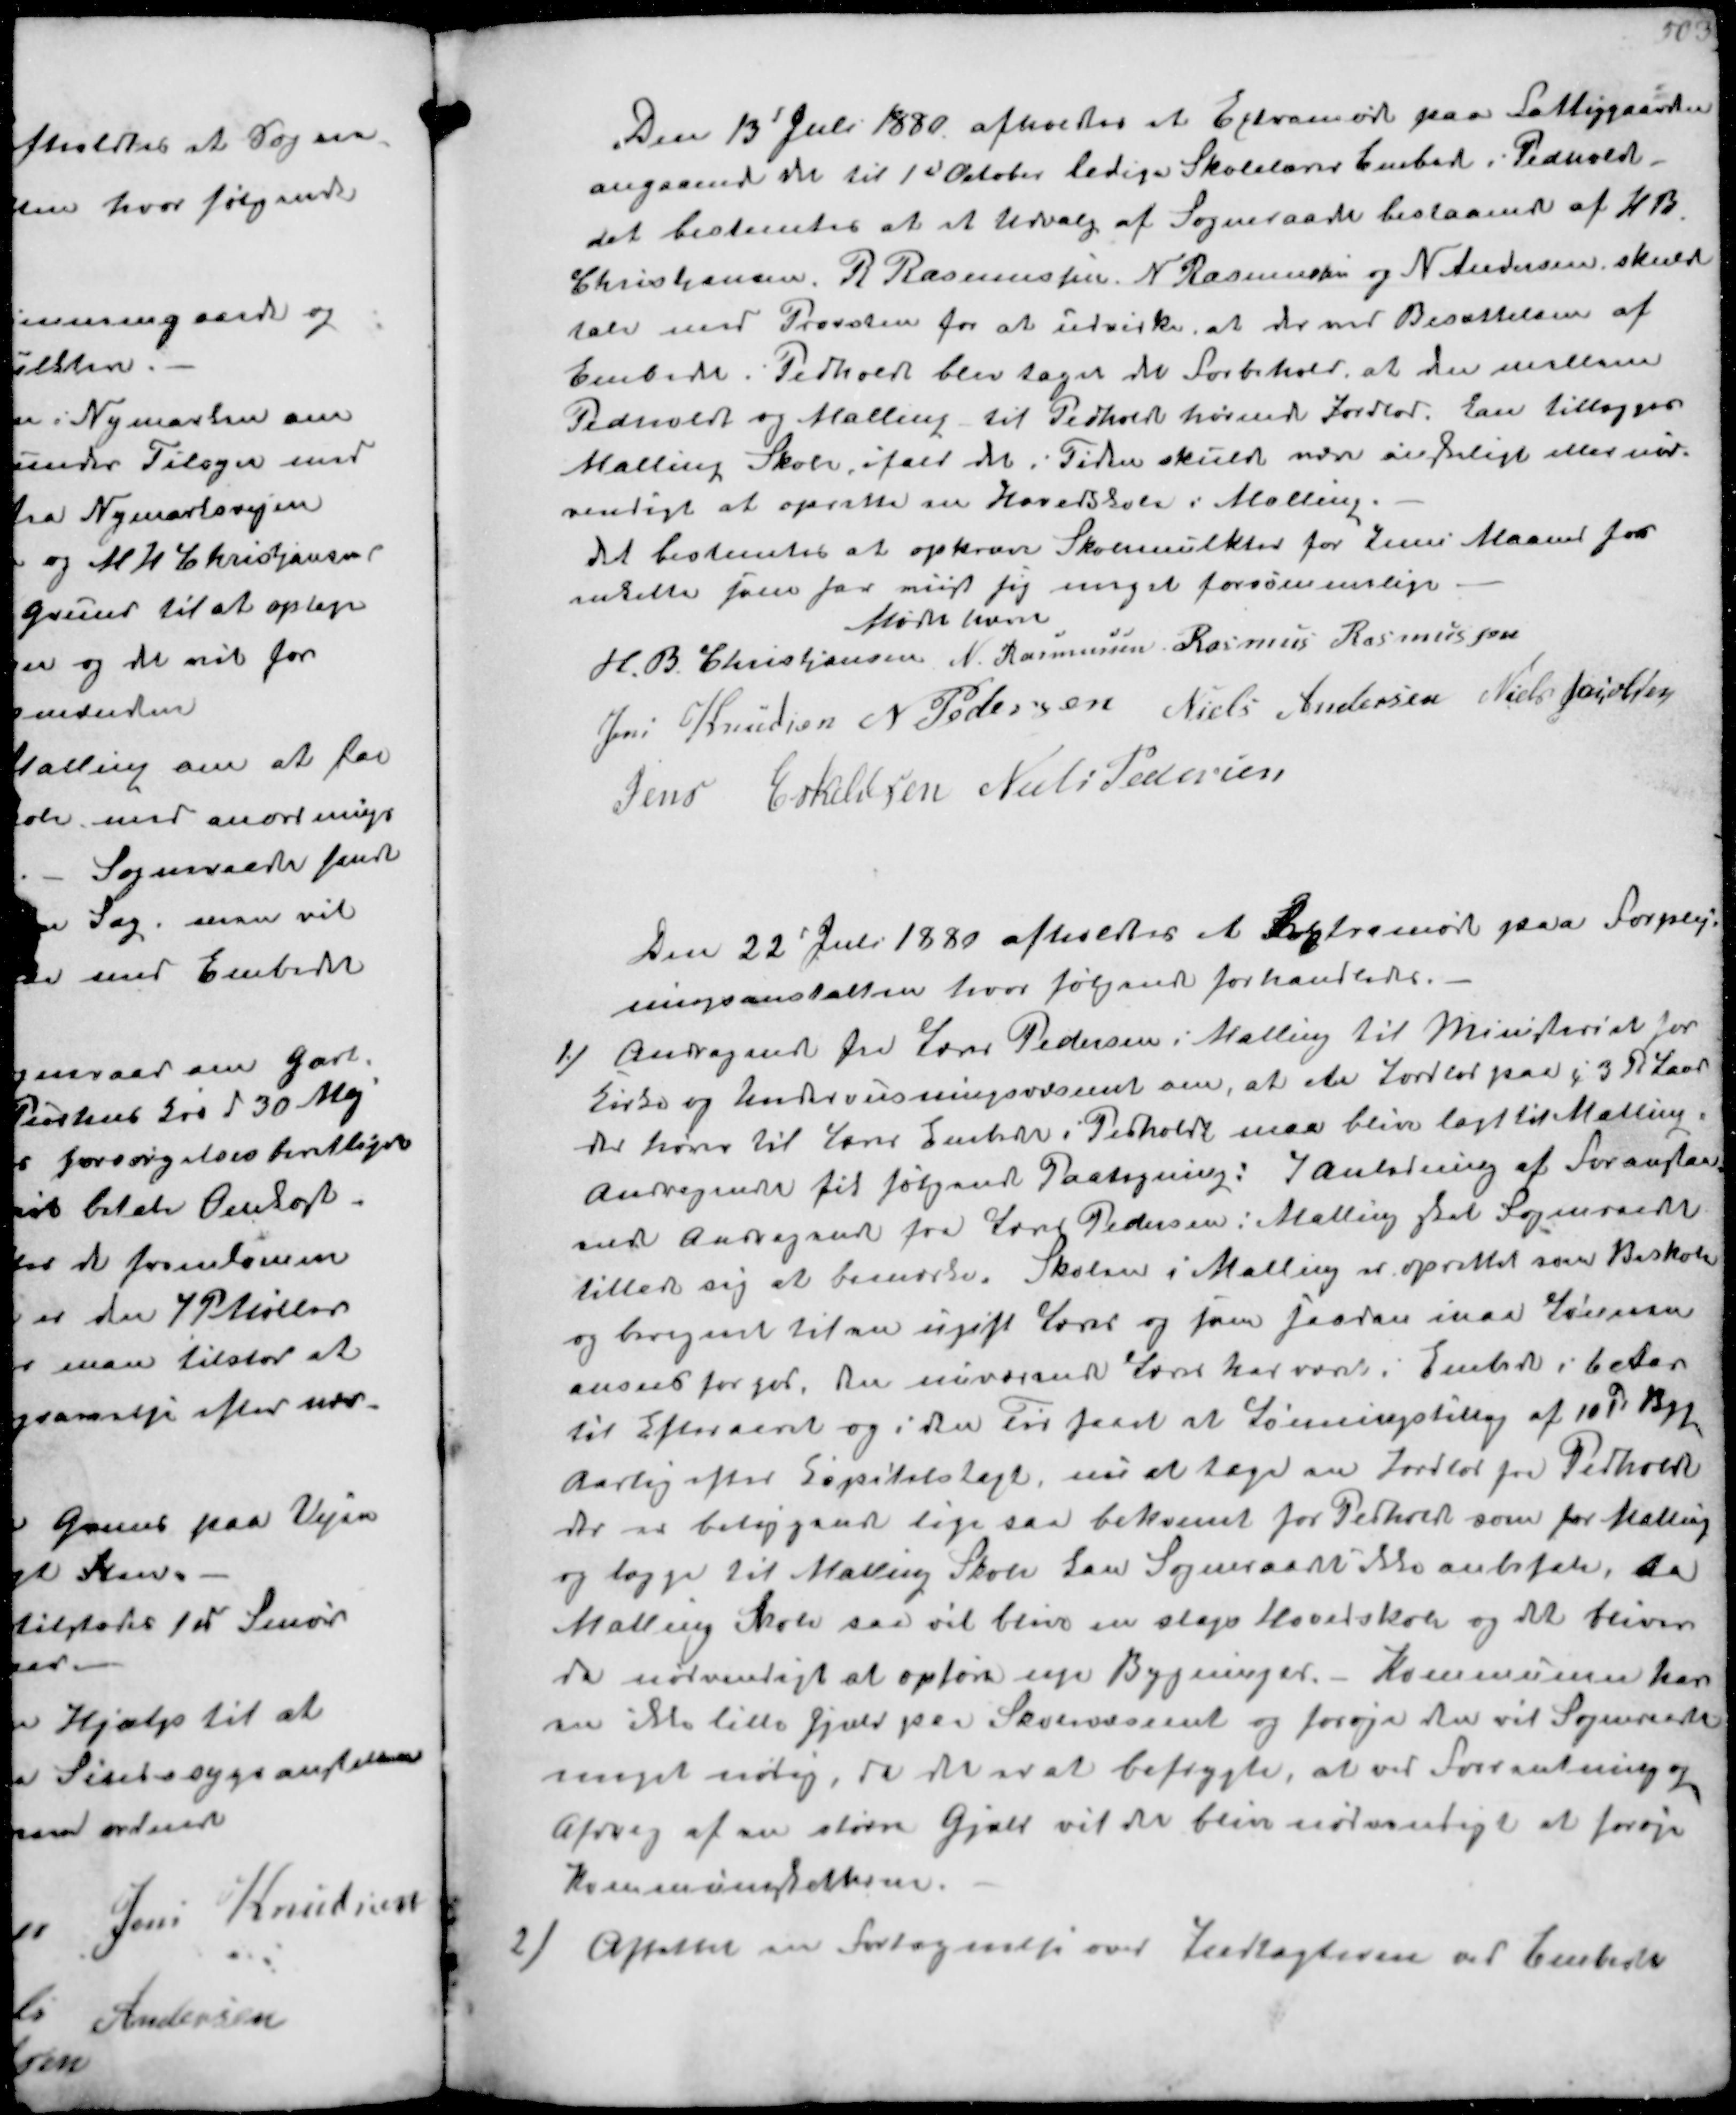
Transskription:
Den 13 Juli 1880 afholdtes et Extramøde paa Fattiggåarden
angaaende det til 1st October ledige Skolelærer Embede i Pedholdt
det bestemtes at et Udvalg af Sogneraadet bestaaende af H B
Christjansen, R Rasmussen N Rasmussen og N Andersen skulde
tale med Provsten for at udvirke, at der ved Besættelsen af
Embedet i Pedholdt blev taget de Forbehold, at der mellem
Pedholdt og Malling til Pedholdt hørende Jordlod. kan tillægges
Malling Skole ifald det i Tiden skulde være ønskeligt eller nød-
vendigt at oprette en Hovedskole i Malling.
det bestemtes at opkræve Skolemulkter for Juni Maaned for
enkelte som har vist sig meget forsømmelige
Mødet hævet
H.B. Christjansen
N. Rasmussen
Rasmus Rasmussen
Jens Knudsen
N. Pedersen
Niels Andersen
Niels Jacobsen
Jens Eskeldsen
Niels Pedersen

Den 22 Juli 1930 afholdtes et Extramøde paa Forple-j
ningsanstalten hvor følgende forhandledes.
1/ Andragende fra Lærer Pedersen i Malling til Ministeriet for
Kirke og Undrvisningsvæsenet om, at et Jordlod paa i 3 Td Land
der hører til Lærer Embedet i Pedholdt maa blive lagt til Malling
Andragendet fik følgende Paategning: I anledning af Foranstaa-
ende Andragende fra Lærer Pedersen i Malling skal Sogneraadet
tillade sig at bemærke. Skolen i Malling er oprettet som Biskole
og beregent til en ugift Lærer og som saadan maa Lønnen
anses for god. Den nuværende Lærer har været i Embedet i 6 Aar
til Efteraaret og i den Tid faaet et Lønningstillæg af 10 Td Byg
Aarlig efter Kapitalskat, nu at tage en Jordlod fra Pedholdt
der er beliggende lige såa bekvemt for Pedholdt som for Malling
og lægge til Malling Skole kan Sogneraadet ikke anbefale, da
Malling Skole saa vil blive en slags Hovedskole og det bliver
da nødventigt at opføre ny Bygninger. - Kommunen har
en ikke lille Gjæld paa Skolevæsenet og forøge den vil Sogneraadet
meget nødig, da det er at befrygte, at ved Forrentning og
Afdrag af en større Gjælp vil det bliv nødvendigt at forøje
Kommuneskatten.
2/ Aftalte en Fortegnelse over Indtægterne af Embedet